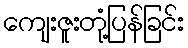
ကျေးဇူးတုံ့ပြန်ခြင်း